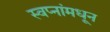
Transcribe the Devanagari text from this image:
स्वप्नांमधून